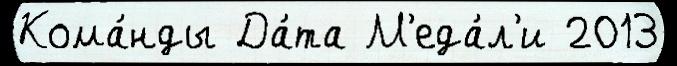
Кома́нды Да́та М'еда́л'и 2013